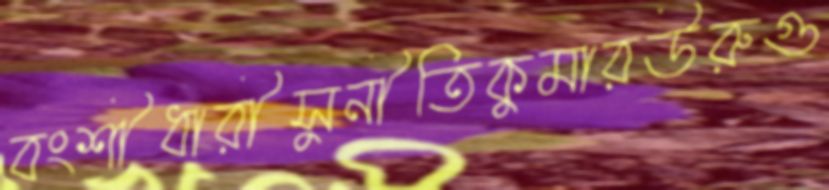
বংশীধারীসুনীতিকুমারউরুগু